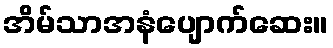
အိမ်သာအနံပျောက်ဆေး။